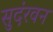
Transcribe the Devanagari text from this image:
सुदंरवन